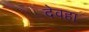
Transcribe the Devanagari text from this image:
देवहा